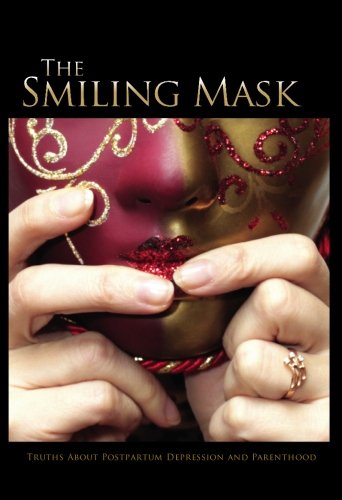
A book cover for The Smiling Mask: Truths about Postpartum Depression and Parenthood; Tania Bird; Health, Fitness & Dieting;